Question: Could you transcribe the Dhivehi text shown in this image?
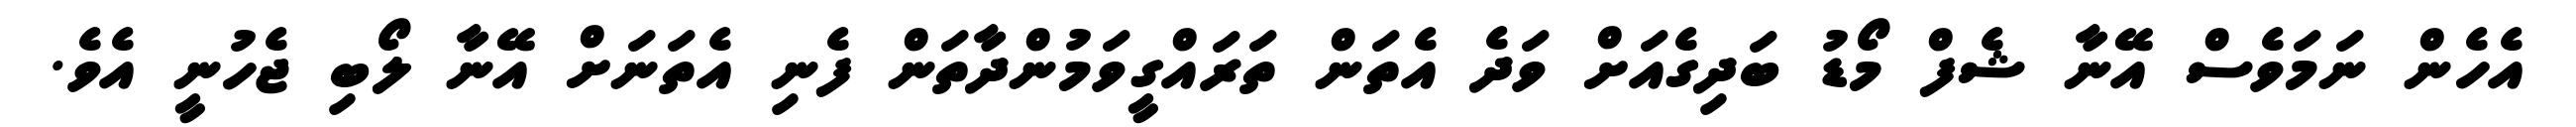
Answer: އެހެން ނަމަވެސް އޭނާ ޝެފް މޯޑު ބަދިގެއަށް ވަދެ އެތަން ތަރައްގީވަމުންދާތަން ފެނި އެތަނަށް އޭނާ ލޯބި ޖެހުނީ އެވެ.